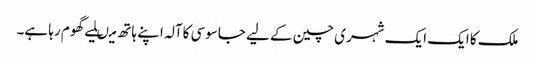
ملک کا ایک ایک شہری چین کے لیے جاسوسی کاآلہ اپنے ہاتھ میںلیے گھوم رہا ہے۔